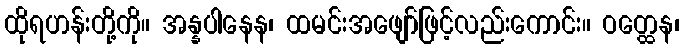
ထိုရဟန်းတို့ကို။ အန္နပါနေန၊ ထမင်းအဖျော်ဖြင့်လည်းကောင်း။ ဝတ္ထေန၊